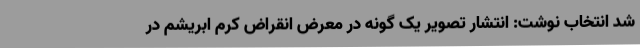
شد انتخاب نوشت: انتشار تصویر یک گونه در معرض انقراض کرم ابریشم در